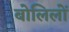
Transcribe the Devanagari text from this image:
बोलिलों